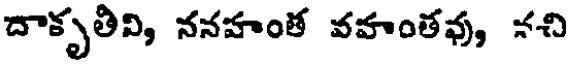
దాకృతివి, ననహంత వహంతవు, నచి